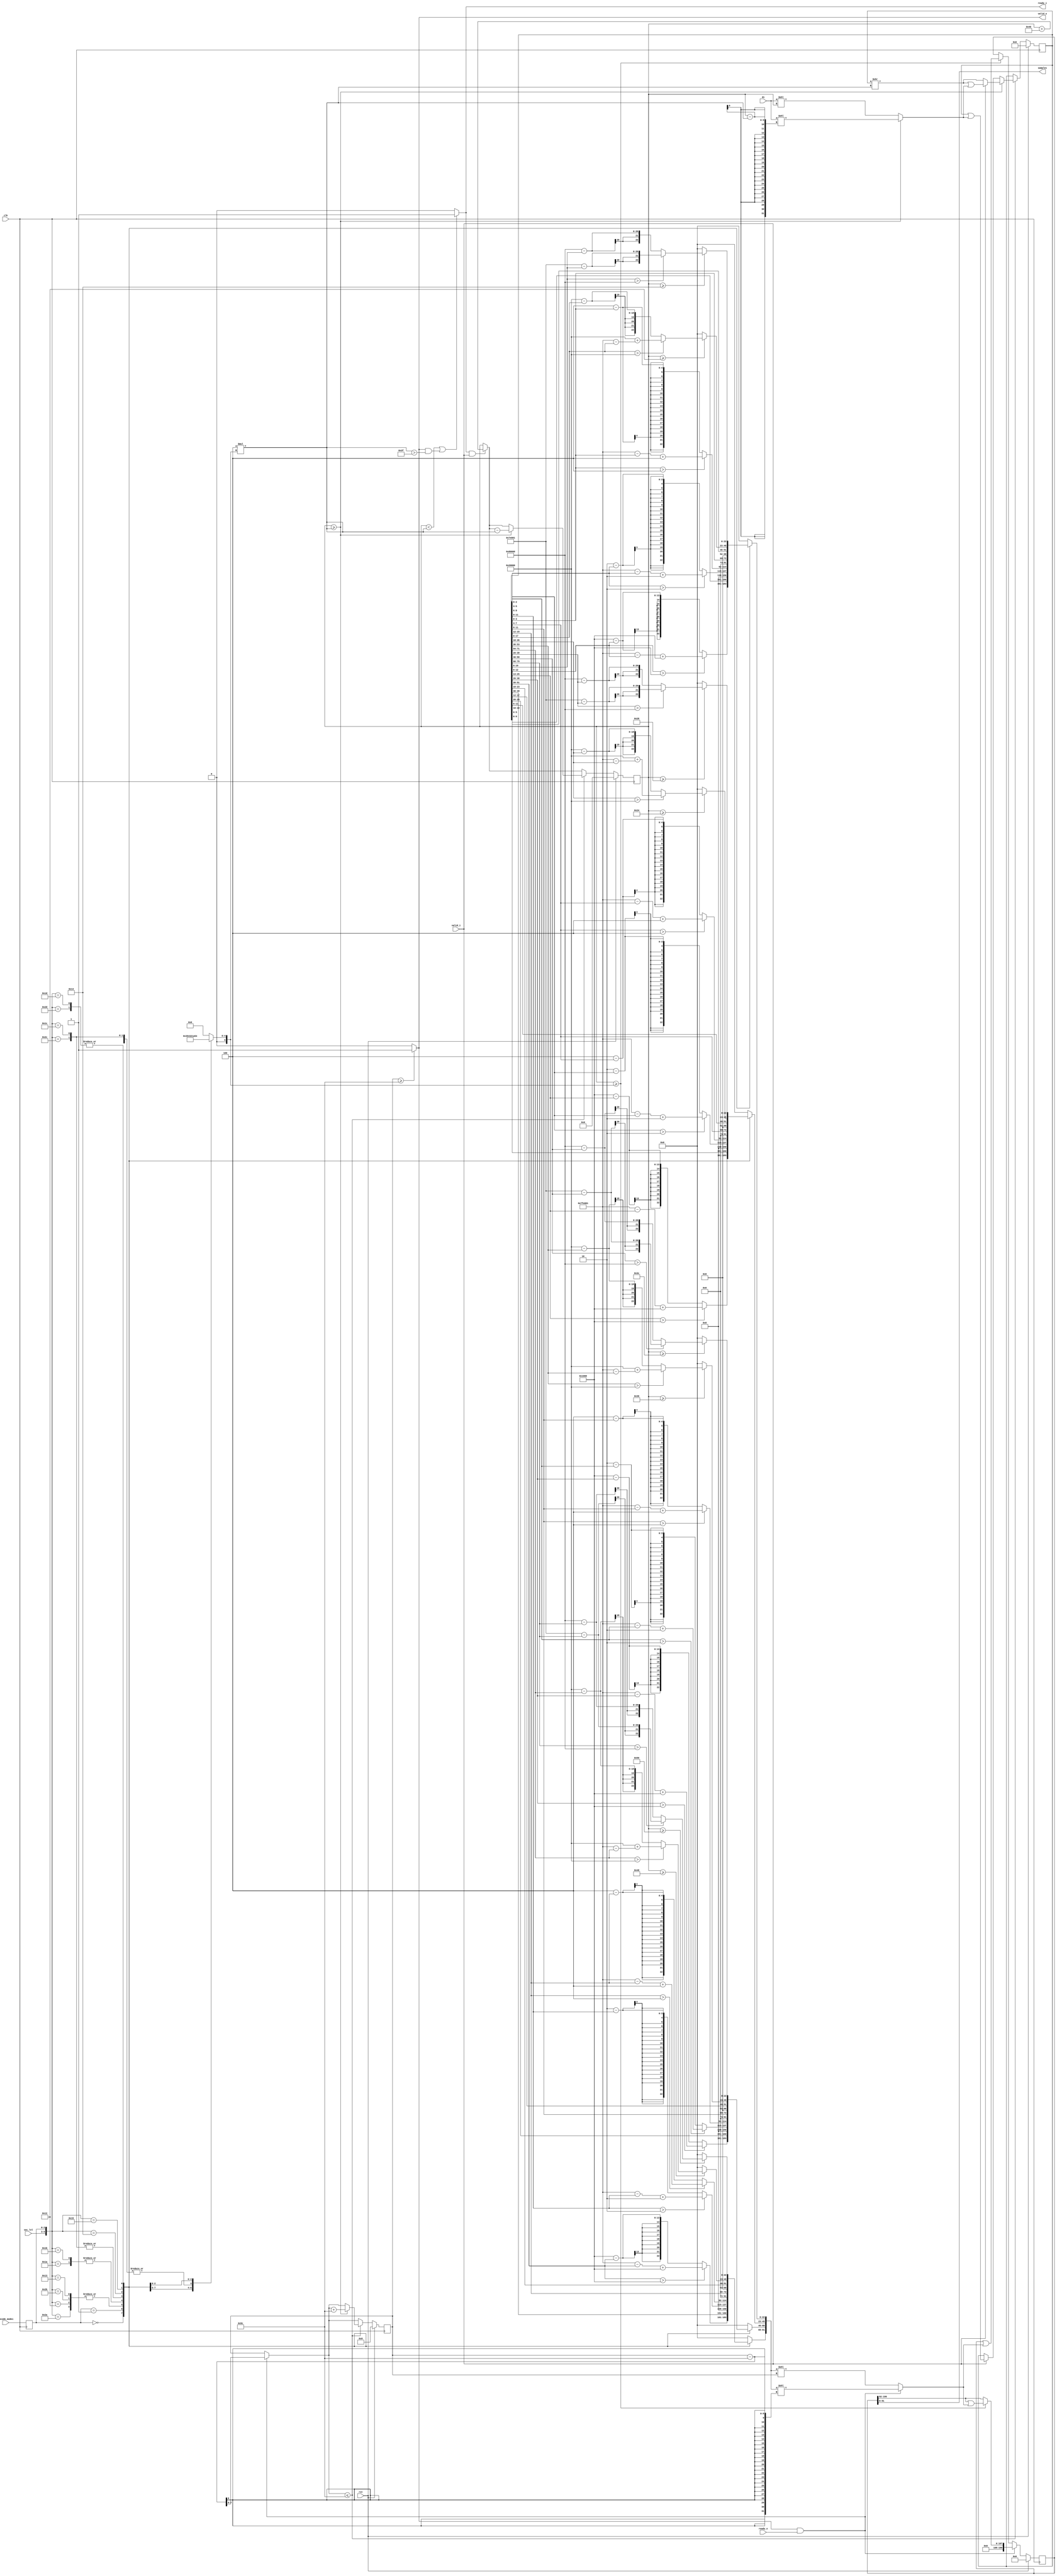
/*
 * From our research paper "High-Performance Hardware Implementation of CRYSTALS-Dilithium"
 * by Luke Beckwith, Duc Tri Nguyen, Kris Gaj
 * at George Mason University, USA
 * https://eprint.iacr.org/2021/1451.pdf
 * =============================================================================
 * Copyright (c) 2021 by Cryptographic Engineering Research Group (CERG)
 * ECE Department, George Mason University
 * Fairfax, VA, U.S.A.
 * Licensed under the Apache License, Version 2.0 (the "License");
 * you may not use this file except in compliance with the License.
 * You may obtain a copy of the License at
 *     http://www.apache.org/licenses/LICENSE-2.0
 * Unless required by applicable law or agreed to in writing, software
 * distributed under the License is distributed on an "AS IS" BASIS,
 * WITHOUT WARRANTIES OR CONDITIONS OF ANY KIND, either express or implied.
 * See the License for the specific language governing permissions and
 * limitations under the License.
 * =============================================================================
 * @author   Luke Beckwith <lbeckwit@gmu.edu>
 */


`timescale 1ns / 1ps


module decoder #(
    parameter OUTPUT_W    = 4,
    parameter COEFF_W     = 23,
    parameter W           = 64
    ) (
    input rst,
    input clk,
    input [2:0] sec_lvl,
    input [2:0] encode_modei,
    input  valid_i,
    output reg ready_i,
    input  [W-1:0] di,
    output reg [OUTPUT_W*COEFF_W-1:0] samples,
    output reg valid_o,
    input  ready_o
    );
    reg [W-1:0] di_buffer;
    localparam
        DILITHIUM_Q = 23'd8380417,
        ENCODE_T0   = 3'd0,
        ENCODE_T1   = 3'd1,
        ENCODE_S1   = 3'd2,
        ENCODE_S2   = 3'd3,
        ENCODE_W1   = 3'd4,
        ENCODE_Z    = 3'd5;
    
    localparam
        GAMMA1_2  = 23'd131072,
        GAMMA1_35 = 23'd524288;
    
    
    reg [2:0] encode_mode;
    reg [3*W-1:0]                SIPO_IN, SIPO_IN_SHIFT;
    reg [199:0] SIPO_OUT;
    reg [4*COEFF_W-1:0]          sipo_out_in, sipo_out_in_shift;

    reg [8:0] sipo_in_len, sipo_in_len_next;
    reg [7:0] sipo_out_len, sipo_out_len_next;
    reg [3:0] ETA;

    reg [2*W-1:0] di_shift;
    
    reg [5:0] ENCODE_LVL;
    integer i;
    
    initial begin
        SIPO_IN  = 0;
        SIPO_OUT = 0;
    
        sipo_in_len  = 0;
        sipo_out_len = 0;
    end
    
    always @(*) begin    
        ETA = 0;
        
        /* ----- decoder lane connection ----- */
        ENCODE_LVL = 0;
        for (i = 0; i < 4; i = i + 1)
            sipo_out_in[i*COEFF_W+:COEFF_W] = 0;
        
        casex({sec_lvl, encode_mode})
        {3'dX, ENCODE_T0}: begin
            ENCODE_LVL = 13;
            for (i = 0; i < 4; i = i + 1)
                sipo_out_in[i*COEFF_W+:COEFF_W] =  (SIPO_IN[i*13+:13] > 4096) ? DILITHIUM_Q - SIPO_IN[i*13+:13] + 4096 : 4096 - SIPO_IN[i*13+:13];

        end
        {3'dX, ENCODE_T1}: begin
            ENCODE_LVL = 10;
            for (i = 0; i < 4; i = i + 1)
                sipo_out_in[i*COEFF_W+:COEFF_W] = {SIPO_IN[i*10+:10], 13'd0};
        end
        {3'd2, ENCODE_S2},
        {3'd5, ENCODE_S2},
        {3'd2, ENCODE_S1},
        {3'd5, ENCODE_S1}: begin
            ENCODE_LVL = 3;
            ETA = 2;
            for (i = 0; i < 4; i = i + 1)
                sipo_out_in[i*COEFF_W+:COEFF_W] = (SIPO_IN[i*3+:3] > ETA) ? DILITHIUM_Q - SIPO_IN[i*3+:3] + ETA : ETA - SIPO_IN[i*3+:3];
        end
        {3'd3, ENCODE_S2},
        {3'd3, ENCODE_S1}: begin
            ENCODE_LVL = 4;
            ETA        = 4;
            for (i = 0; i < 4; i = i + 1)
                sipo_out_in[i*COEFF_W+:COEFF_W] = (SIPO_IN[i*4+:4] > ETA) ? DILITHIUM_Q - SIPO_IN[i*4+:4] + ETA : ETA - SIPO_IN[i*4+:4];
        end   
        {3'd3, ENCODE_W1},
        {3'd5, ENCODE_W1}: begin
            ENCODE_LVL = 4;
            for (i = 0; i < 4; i = i + 1)
                sipo_out_in[i*COEFF_W+:COEFF_W] = SIPO_IN[i*4+:4];
        end
        {3'd2, ENCODE_W1}: begin
            ENCODE_LVL = 6;
            for (i = 0; i < 4; i = i + 1)
                sipo_out_in[i*COEFF_W+:COEFF_W] = SIPO_IN[i*6+:6];
        end
        {3'd2, ENCODE_Z}: begin
            ENCODE_LVL = 18;
            for (i = 0; i < 4; i = i + 1) begin
                if (sipo_in_len >= (i+1)*18)
                    sipo_out_in[i*COEFF_W+:COEFF_W] = (SIPO_IN[i*18+:18] > GAMMA1_2) ? GAMMA1_2 + (DILITHIUM_Q - SIPO_IN[i*18+:18]) : GAMMA1_2 - SIPO_IN[i*18+:18];
            end
        end
        {3'd3, ENCODE_Z},
        {3'd5, ENCODE_Z}: begin
            ENCODE_LVL = 20;
            for (i = 0; i < 4; i = i + 1) begin
                if (sipo_in_len >= (i+1)*20)
                    sipo_out_in[i*COEFF_W+:COEFF_W] = (SIPO_IN[i*20+:20] > GAMMA1_35) ? GAMMA1_35 + DILITHIUM_Q - SIPO_IN[i*20+:20] : GAMMA1_35 - SIPO_IN[i*20+:20];
            end
        end
        endcase
        
        
        valid_o = (sipo_out_len >= OUTPUT_W*COEFF_W) ? 1 : 0; 
        ready_i = (sipo_in_len < 4*ENCODE_LVL || (valid_o && 4*ENCODE_LVL > 63)) ? 1 : 0;
        
        sipo_in_len_next  = (ready_i && valid_i) ? sipo_in_len + W : sipo_in_len;
        sipo_out_len_next = (valid_o && ready_o) ? sipo_out_len - OUTPUT_W*COEFF_W: sipo_out_len;   
        
        samples = SIPO_OUT[OUTPUT_W*COEFF_W-1:0];

        SIPO_IN_SHIFT = (SIPO_IN >> 4*ENCODE_LVL);

        if (valid_o && ready_o) begin   
            sipo_out_in_shift = sipo_out_in << (sipo_out_len - OUTPUT_W*COEFF_W);  
        end else begin
            sipo_out_in_shift = sipo_out_in << sipo_out_len;
        end

        if (sipo_in_len >= 4*ENCODE_LVL) begin
            di_shift = ({64'd0, di} << (sipo_in_len - 4*ENCODE_LVL));
        end else begin
            di_shift = ({64'd0, di} << sipo_in_len);
        end
    end
    
    always @(posedge clk) begin
        encode_mode <= encode_modei;
        if (rst) begin
            SIPO_IN  <= 0;
            SIPO_OUT <= 0;
            sipo_in_len  <= 0;
            sipo_out_len <= 0;  
        end else begin
            if (sipo_out_len_next <= OUTPUT_W*COEFF_W) begin
                if (sipo_in_len >= 4*ENCODE_LVL) begin
                    sipo_in_len  <= sipo_in_len_next  - 4*ENCODE_LVL;
                    sipo_out_len <= sipo_out_len_next + 4*COEFF_W;
                    
                    if (valid_i) begin
                        SIPO_IN <= SIPO_IN_SHIFT | di_shift;
                    end else begin
                        SIPO_IN <= SIPO_IN_SHIFT;
                    end
                end else begin
                    sipo_in_len  <= sipo_in_len_next;
                    sipo_out_len <= sipo_out_len_next;
                    
                    if (valid_i) begin
                        SIPO_IN <= SIPO_IN | di_shift;
                    end else begin
                        SIPO_IN <= SIPO_IN;
                    end
                end
            end else begin
                sipo_in_len  <= sipo_in_len_next;
                sipo_out_len <= sipo_out_len_next;
            end
            
            if (valid_o && ready_o) begin   
                if (sipo_in_len >= ENCODE_LVL) begin
                    SIPO_OUT <= (SIPO_OUT >> OUTPUT_W*COEFF_W) | sipo_out_in_shift;  
                end else begin
                    SIPO_OUT <= SIPO_OUT >> OUTPUT_W*COEFF_W;
                end
            end else if (sipo_in_len >= ENCODE_LVL) begin
                SIPO_OUT <= SIPO_OUT | sipo_out_in_shift;
            end
        end 
    end
    
endmodule